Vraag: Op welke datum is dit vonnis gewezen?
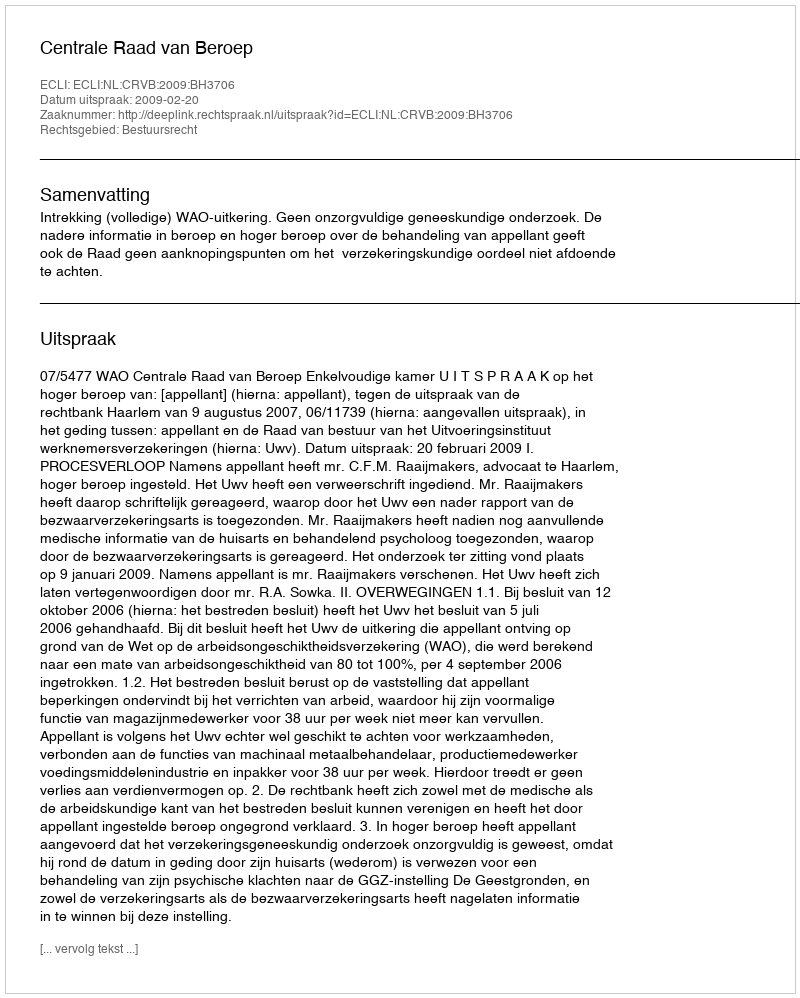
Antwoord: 2009-02-20